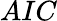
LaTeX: AIC